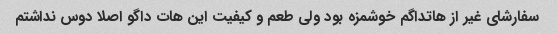
سفارشای غیر از هاتداگم خوشمزه بود ولی طعم و کیفیت این هات داگو اصلا دوس نداشتم